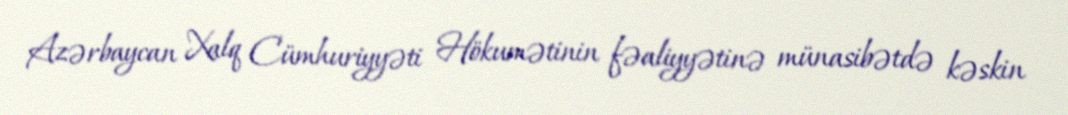
Azərbaycan Xalq Cümhuriyyəti Hökumətinin fəaliyyətinə münasibətdə kəskin